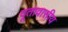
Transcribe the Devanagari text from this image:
दूतावासीय